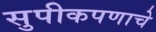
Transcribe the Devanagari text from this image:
सुपीकपणाचे